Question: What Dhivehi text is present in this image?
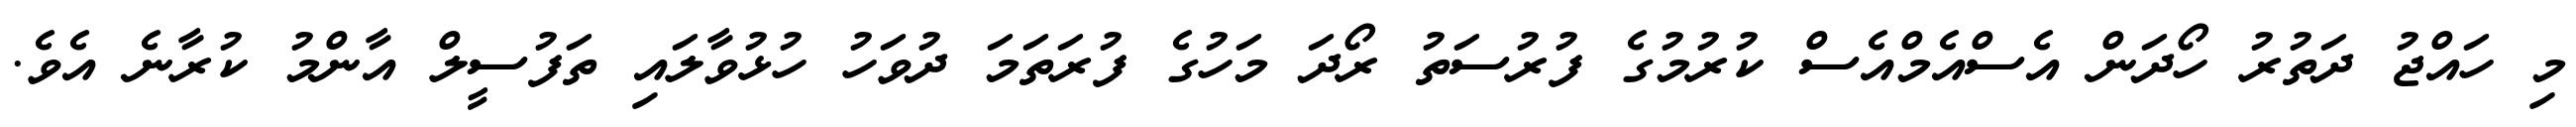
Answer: މި ހައްޖު ދަތުރު ހޯދަން އެސްއެމްއެސް ކުރުމުގެ ފުރުސަތު ރޯދަ މަހުގެ ފުރަތަމަ ދުވަހު ހުޅުވާލައި ތަފުސީލް އާންމު ކުރާނެ އެވެ.